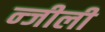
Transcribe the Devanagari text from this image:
न्जीली